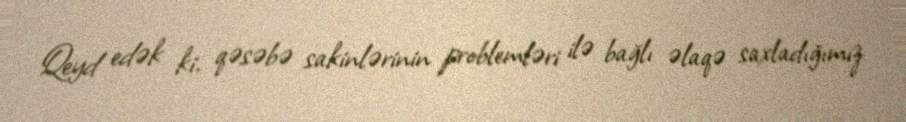
Qeyd edək ki, qəsəbə sakinlərinin problemləri ilə bağlı əlaqə saxladığımız